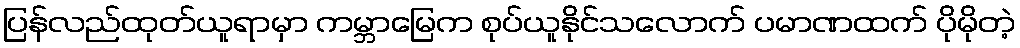
ပြန်လည်ထုတ်ယူရာမှာ ကမ္ဘာမြေက စုပ်ယူနိုင်သလောက် ပမာဏထက် ပိုမိုတဲ့